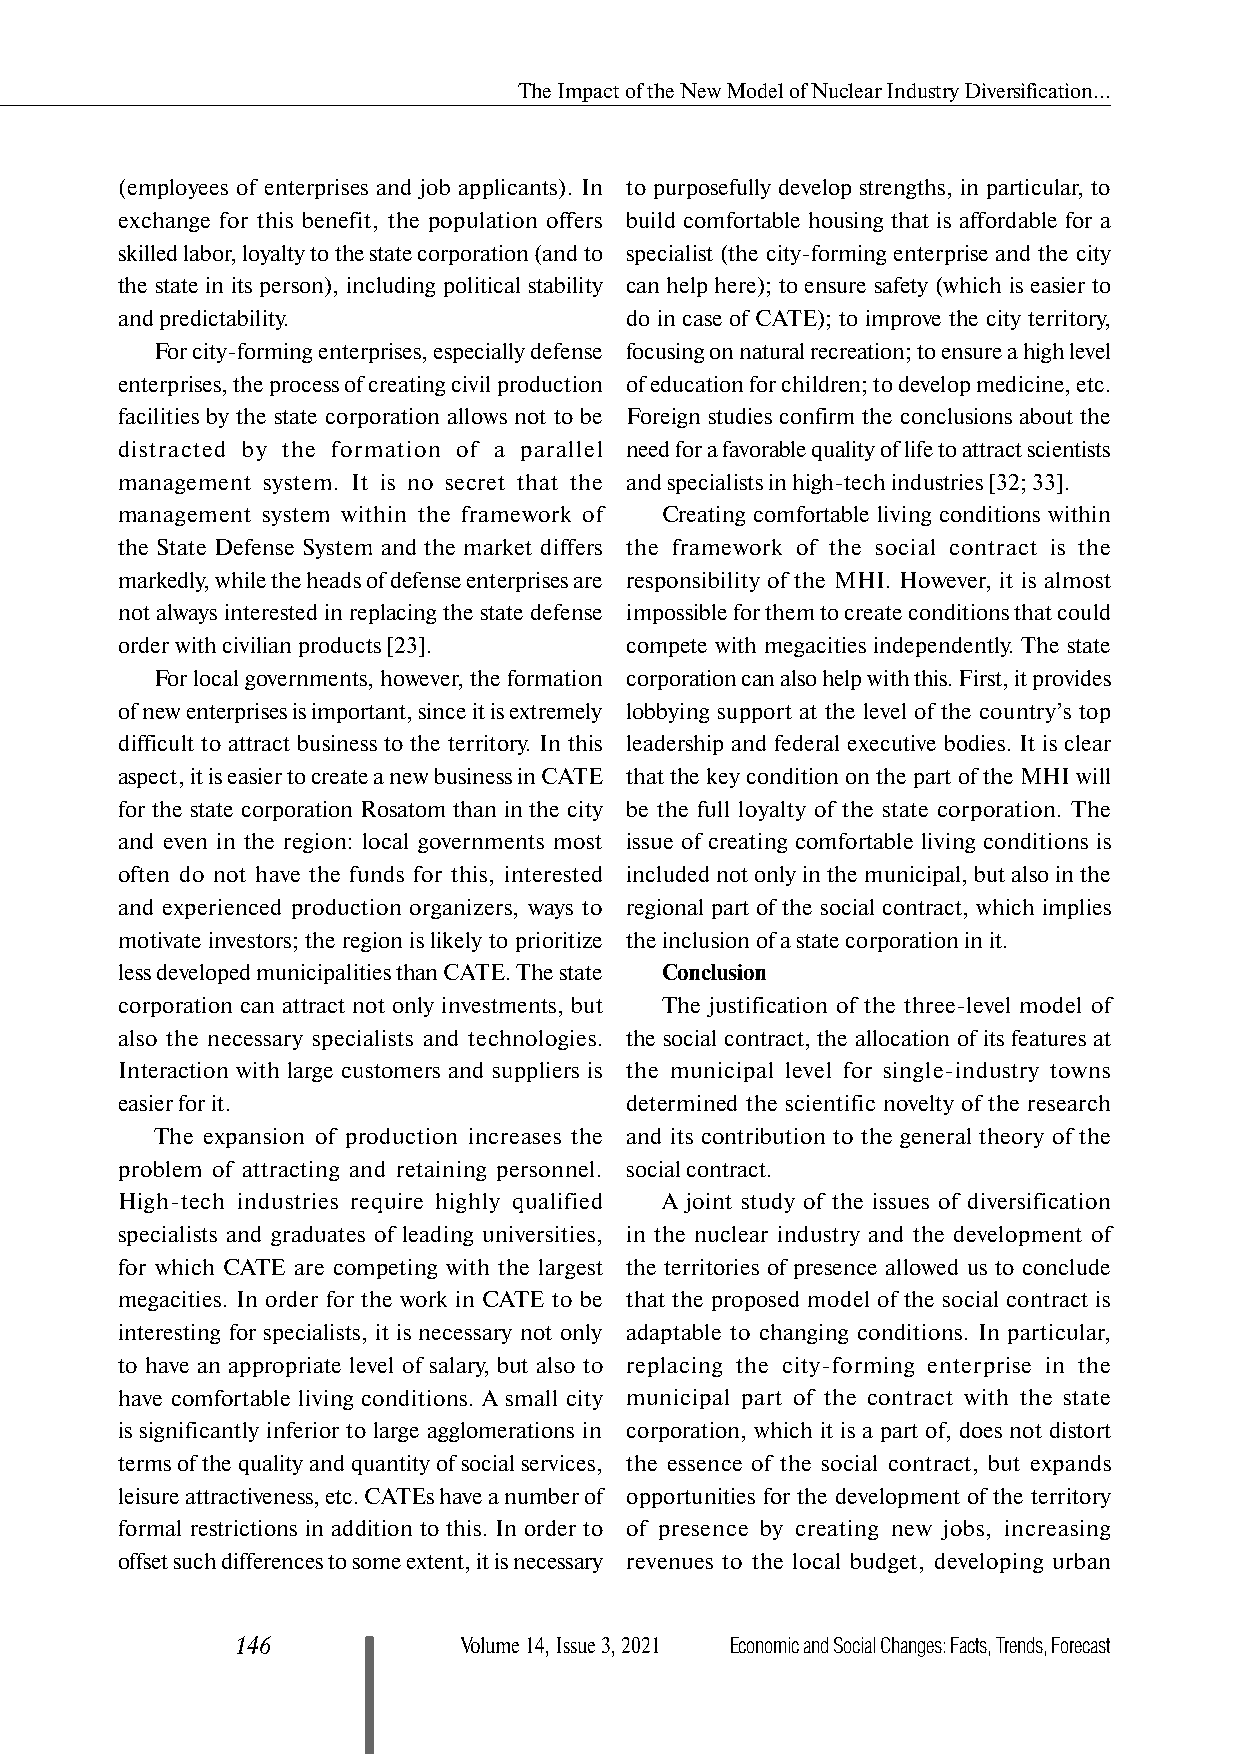
The Impact of the New Model of Nuclear Industry Diversification...
 (employees of enterprises and job applicants). In to purposefully develop strengths, in particular, to
 exchange for this benefit, the population offers build comfortable housing that is affordable for a
 skilled labor, loyalty to the state corporation (and to specialist (the city-forming enterprise and the city
 the state in its person), including political stability can help here); to ensure safety (which is easier to
 and predictability.              do in case of CATE); to improve the city territory,
 For city-forming enterprises, especially defense focusing on natural recreation; to ensure a high level
 enterprises, the process of creating civil production of education for children; to develop medicine, etc.
 facilities by the state corporation allows not to be Foreign studies confirm the conclusions about the
 distracted by the formation of a parallel need for a favorable quality of life to attract scientists
 management system. It is no secret that the and specialists in high-tech industries [32; 33].
 management system within the framework of Creating comfortable living conditions within
 the State Defense System and the market differs the framework of the social contract is the
 markedly, while the heads of defense enterprises are responsibility of the MHI. However, it is almost
 not always interested in replacing the state defense impossible for them to create conditions that could
 order with civilian products [23]. compete with megacities independently. The state
 For local governments, however, the formation corporation can also help with this. First, it provides
 of new enterprises is important, since it is extremely lobbying support at the level of the country’s top
 difficult to attract business to the territory. In this leadership and federal executive bodies. It is clear
 aspect, it is easier to create a new business in CATE that the key condition on the part of the MHI will
 for the state corporation Rosatom than in the city be the full loyalty of the state corporation. The
 and even in the region: local governments most issue of creating comfortable living conditions is
 often do not have the funds for this, interested included not only in the municipal, but also in the
 and experienced production organizers, ways to regional part of the social contract, which implies
 motivate investors; the region is likely to prioritize the inclusion of a state corporation in it.
 less developed municipalities than CATE. The state Conclusion
 corporation can attract not only investments, but The justification of the three-level model of
 also the necessary specialists and technologies. the social contract, the allocation of its features at
 Interaction with large customers and suppliers is the municipal level for single-industry towns
 easier for it.                   determined the scientific novelty of the research
 The expansion of production increases the and its contribution to the general theory of the
 problem of attracting and retaining personnel. social contract.
 High-tech industries require highly qualified A joint study of the issues of diversification
 specialists and graduates of leading universities, in the nuclear industry and the development of
 for which CATE are competing with the largest the territories of presence allowed us to conclude
 megacities. In order for the work in CATE to be that the proposed model of the social contract is
 interesting for specialists, it is necessary not only adaptable to changing conditions. In particular,
 to have an appropriate level of salary, but also to replacing the city-forming enterprise in the
 have comfortable living conditions. A small city municipal part of the contract with the state
 is significantly inferior to large agglomerations in corporation, which it is a part of, does not distort
 terms of the quality and quantity of social services, the essence of the social contract, but expands
 leisure attractiveness, etc. CATEs have a number of opportunities for the development of the territory
 formal restrictions in addition to this. In order to of presence by creating new jobs, increasing
 offset such differences to some extent, it is necessary revenues to the local budget, developing urban
 146           Volume 14, Issue 3, 2021 Economic and Social Changes: Facts, Trends, Forecast